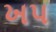
ખપ